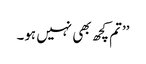
’’تم کچھ بھی نہیں ہو۔